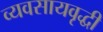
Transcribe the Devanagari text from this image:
व्यवसायवृद्धी